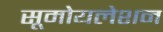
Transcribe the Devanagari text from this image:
सूमोयलेशन